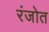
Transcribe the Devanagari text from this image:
रंजोत